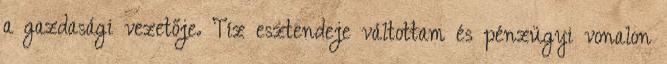
a gazdasági vezetője. Tíz esztendeje váltottam és pénzügyi vonalon